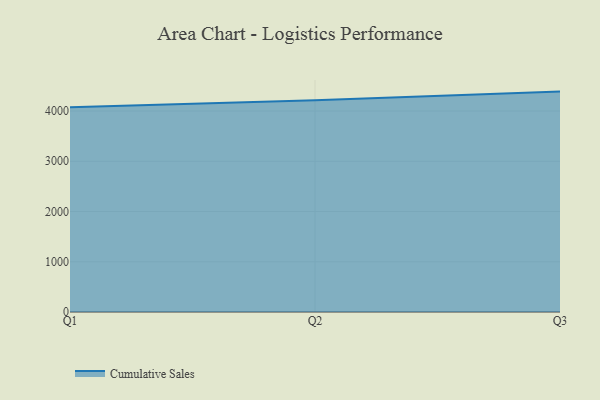
{"axis": {"x": "Quarter", "y": "Latency (ms)"}, "legend": ["Cumulative Sales"], "data": [{"x": "Q1", "y": 4073.5, "type": "Cumulative Sales"}, {"x": "Q2", "y": 4212.5, "type": "Cumulative Sales"}, {"x": "Q3", "y": 4386.2, "type": "Cumulative Sales"}]}